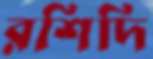
রশিদি